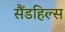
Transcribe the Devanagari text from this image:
सैंडहिल्स